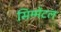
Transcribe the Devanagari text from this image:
सिम्मेंटल